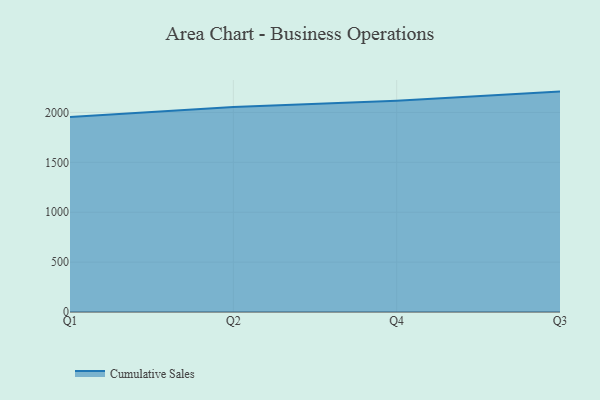
{"axis": {"x": "Quarter", "y": "Bounce Rate (%)"}, "legend": ["Cumulative Sales"], "data": [{"x": "Q1", "y": 1953.2, "type": "Cumulative Sales"}, {"x": "Q2", "y": 2053.4, "type": "Cumulative Sales"}, {"x": "Q4", "y": 2117.9, "type": "Cumulative Sales"}, {"x": "Q3", "y": 2208.7, "type": "Cumulative Sales"}]}